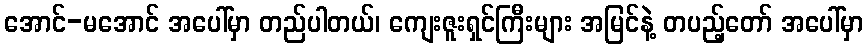
အောင်-မအောင် အပေါ်မှာ တည်ပါတယ်၊ ကျေးဇူးရှင်ကြီးများ အမြင်နဲ့ တပည့်တော် အပေါ်မှာ